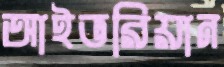
আইভরিয়ান